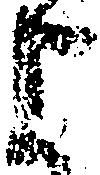
よ